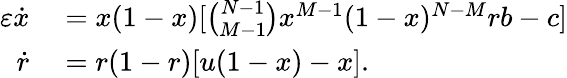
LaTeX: \begin{array}{rl}{\varepsilon\dot{x}}&{{}=x(1-x)[\binom{N-1}{M-1}x^{M-1}(1-x)^{N-M}rb-c]}\\ {\dot{r}}&{{}=r(1-r)[u(1-x)-x].}\end{array}